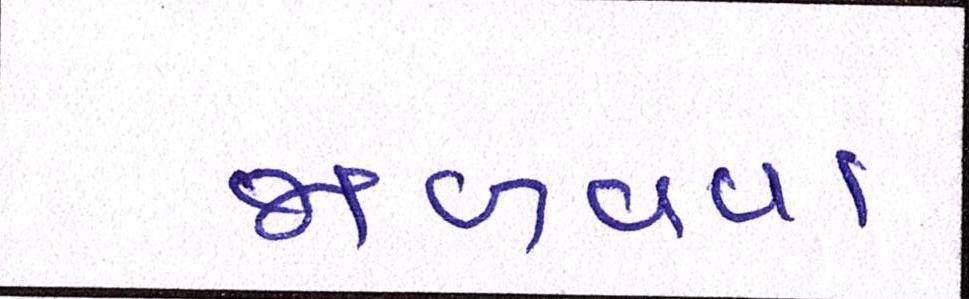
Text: જાળવવા